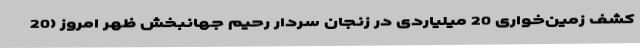
کشف زمین‌خواری 20 میلیاردی در زنجان سردار رحیم جهانبخش ظهر امروز (20